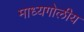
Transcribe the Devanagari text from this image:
माध्यगोलीय